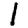
Digit: 1